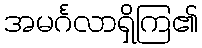
အမင်္ဂလာရှိကြ၏